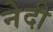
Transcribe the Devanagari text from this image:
नेदी